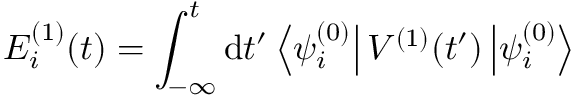
E _ { i } ^ { ( 1 ) } ( t ) = \int _ { - \infty } ^ { t } \mathrm { d } { t ^ { \prime } } \left\langle \psi _ { i } ^ { ( 0 ) } \right| V ^ { ( 1 ) } ( t ^ { \prime } ) \left| \psi _ { i } ^ { ( 0 ) } \right\rangle